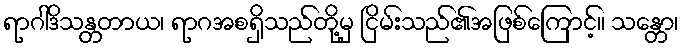
ရာဂါဒိသန္တတာယ၊ ရာဂအစရှိသည်တို့မှ ငြိမ်းသည်၏အဖြစ်ကြောင့်။ သန္တော၊